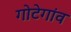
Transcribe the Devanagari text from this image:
गोटेगांव